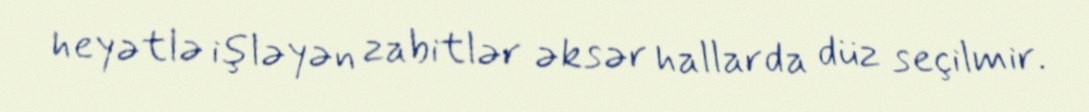
heyətlə işləyən zabitlər əksər hallarda düz seçilmir.